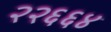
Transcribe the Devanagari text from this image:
२२६६४